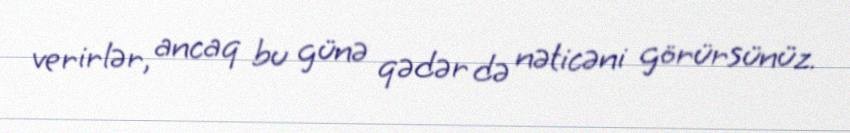
verirlər, ancaq bu günə qədər də nəticəni görürsünüz.